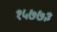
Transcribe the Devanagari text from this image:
१५७७३